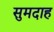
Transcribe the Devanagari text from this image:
सुमदाह